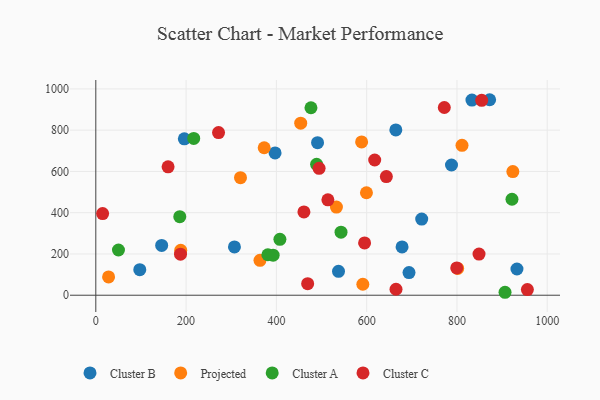
{"axis": {"x": "Speed", "y": "Profit"}, "legend": ["Cluster A", "Cluster B", "Cluster C", "Projected"], "data": [{"x": "833.2", "y": 945.8, "type": "Cluster B"}, {"x": "537.6", "y": 116.0, "type": "Cluster B"}, {"x": "787.9", "y": 631.2, "type": "Cluster B"}, {"x": "196.1", "y": 757.9, "type": "Cluster B"}, {"x": "932.9", "y": 127.1, "type": "Cluster B"}, {"x": "397.1", "y": 689.9, "type": "Cluster B"}, {"x": "664.6", "y": 801.1, "type": "Cluster B"}, {"x": "721.9", "y": 369.2, "type": "Cluster B"}, {"x": "307.1", "y": 233.9, "type": "Cluster B"}, {"x": "678.4", "y": 234.2, "type": "Cluster B"}, {"x": "693.8", "y": 110.0, "type": "Cluster B"}, {"x": "872.4", "y": 947.6, "type": "Cluster B"}, {"x": "145.9", "y": 241.4, "type": "Cluster B"}, {"x": "97.4", "y": 124.0, "type": "Cluster B"}, {"x": "491.2", "y": 739.6, "type": "Cluster B"}, {"x": "533.0", "y": 427.1, "type": "Projected"}, {"x": "923.8", "y": 599.2, "type": "Projected"}, {"x": "811.2", "y": 726.5, "type": "Projected"}, {"x": "599.5", "y": 496.6, "type": "Projected"}, {"x": "801.6", "y": 129.9, "type": "Projected"}, {"x": "373.0", "y": 714.9, "type": "Projected"}, {"x": "588.8", "y": 743.2, "type": "Projected"}, {"x": "188.1", "y": 217.7, "type": "Projected"}, {"x": "363.7", "y": 169.1, "type": "Projected"}, {"x": "28.3", "y": 88.9, "type": "Projected"}, {"x": "591.5", "y": 53.2, "type": "Projected"}, {"x": "453.9", "y": 833.7, "type": "Projected"}, {"x": "320.5", "y": 569.8, "type": "Projected"}, {"x": "543.2", "y": 305.5, "type": "Cluster A"}, {"x": "476.6", "y": 908.7, "type": "Cluster A"}, {"x": "906.5", "y": 14.3, "type": "Cluster A"}, {"x": "186.0", "y": 380.6, "type": "Cluster A"}, {"x": "381.1", "y": 196.3, "type": "Cluster A"}, {"x": "407.8", "y": 271.0, "type": "Cluster A"}, {"x": "216.9", "y": 760.1, "type": "Cluster A"}, {"x": "392.8", "y": 193.9, "type": "Cluster A"}, {"x": "921.9", "y": 465.2, "type": "Cluster A"}, {"x": "50.2", "y": 219.3, "type": "Cluster A"}, {"x": "489.1", "y": 634.3, "type": "Cluster A"}, {"x": "160.1", "y": 622.2, "type": "Cluster C"}, {"x": "271.9", "y": 788.5, "type": "Cluster C"}, {"x": "461.0", "y": 403.6, "type": "Cluster C"}, {"x": "665.0", "y": 28.9, "type": "Cluster C"}, {"x": "494.6", "y": 615.0, "type": "Cluster C"}, {"x": "514.1", "y": 462.3, "type": "Cluster C"}, {"x": "595.4", "y": 253.6, "type": "Cluster C"}, {"x": "848.9", "y": 199.6, "type": "Cluster C"}, {"x": "617.8", "y": 655.5, "type": "Cluster C"}, {"x": "956.0", "y": 27.5, "type": "Cluster C"}, {"x": "187.6", "y": 199.2, "type": "Cluster C"}, {"x": "772.0", "y": 909.8, "type": "Cluster C"}, {"x": "799.5", "y": 132.1, "type": "Cluster C"}, {"x": "854.8", "y": 944.7, "type": "Cluster C"}, {"x": "469.3", "y": 56.2, "type": "Cluster C"}, {"x": "643.6", "y": 575.2, "type": "Cluster C"}, {"x": "15.1", "y": 395.9, "type": "Cluster C"}]}